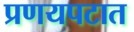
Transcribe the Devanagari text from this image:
प्रणयपटात